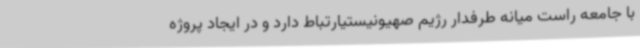
با جامعه راست میانه طرفدار رژیم صهیونیستیارتباط دارد و در ایجاد پروژه